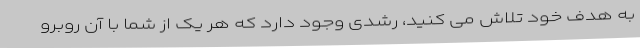
به هدف خود تلاش می کنید، رشدی وجود دارد که هر یک از شما با آن روبرو